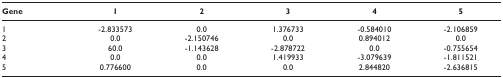
<table><thead><tr><td><b>Gene</b></td><td><b>1</b></td><td><b>2</b></td><td><b>3</b></td><td><b>4</b></td><td><b>5</b></td></tr></thead><tbody><tr><td>1</td><td>-2.833573</td><td>0.0</td><td>1.376733</td><td>-0.584010</td><td>-2.106859</td></tr><tr><td>2</td><td>0.0</td><td>-2.150746</td><td>0.0</td><td>0.894012</td><td>0.0</td></tr><tr><td>3</td><td>60.0</td><td>-1.143628</td><td>-2.878722</td><td>0.0</td><td>-0.755654</td></tr><tr><td>4</td><td>0.0</td><td>0.0</td><td>1.419933</td><td>-3.079639</td><td>-1.811521</td></tr><tr><td>5</td><td>0.776600</td><td>0.0</td><td>0.0</td><td>2.844820</td><td>-2.636815</td></tr></tbody></table>